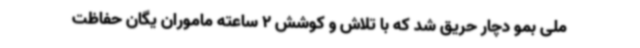
ملی بمو دچار حریق شد که با تلاش و کوشش 2 ساعته ماموران یگان حفاظت